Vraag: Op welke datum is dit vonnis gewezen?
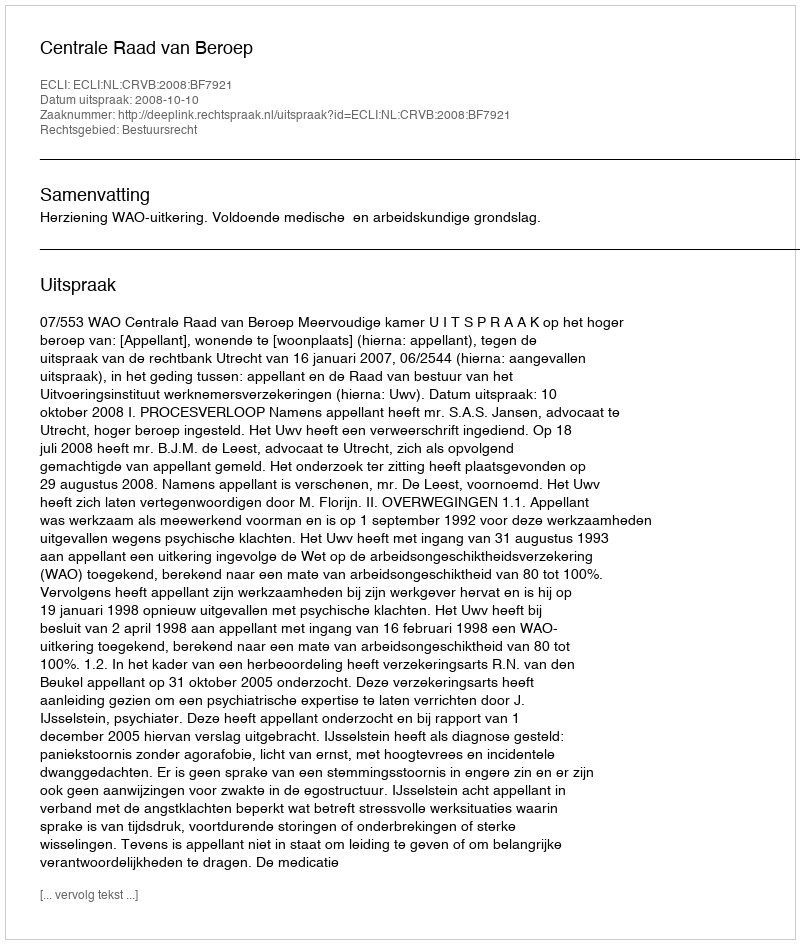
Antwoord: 2008-10-10